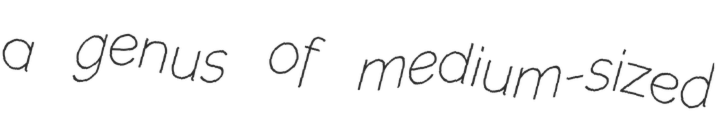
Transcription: a genus of medium-sized